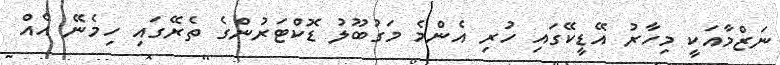
ނަޒްމާއަކީ މިހާރު އޭޑީކޭގައި ހުރި އެންމެ މަގުބޫލު ޑޮޮކްޓަރުންގެ ތެރޭގައި ހިމެނޭ އެއް